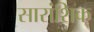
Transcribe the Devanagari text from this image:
सारांशिक